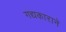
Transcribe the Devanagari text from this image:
गद्यकाराने